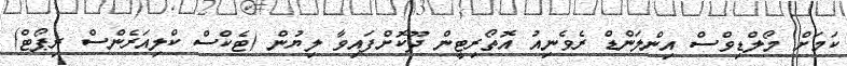
ކަމަށް މޯލްޑިވްސް އިންލަންޑް ރެވެނިއު އޮތޯރިޓީން ދޫކޮށްފައިވާ ލިޔުން (ޓެކްސް ކްލިއަރެންސް ރިޕޯޓް)